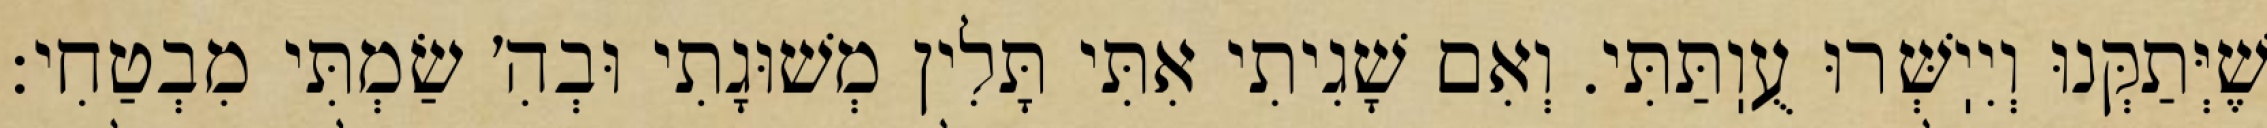
שֶׁיְּתַקְּנוּ וְיִיֽשְּׁרוּ עֻוֽתַּתִּי. וְאִם שָׁגִיתִי אִתִּי תָּלִין מְשׁוּגָתִי וּבְהִ׳ שַׂמְתִּי מִבְטַחִי: